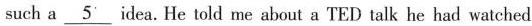
such a\underline{5} idea.He told me about a TED talk he had watched